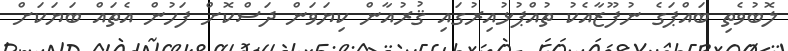
ލޮބުވެތި ބައްޕަގެ ނުފޫޒާއެކު ތުއްޕުޅުއިރުގައި ޤުރުއާން ކިޔަވަން ދަސްކޮށް ފަހުން އެތައް ބަޔަކަށް